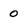
Character: 0